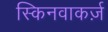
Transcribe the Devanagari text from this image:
स्किनवाकर्ज़